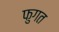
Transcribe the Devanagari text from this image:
फुगत